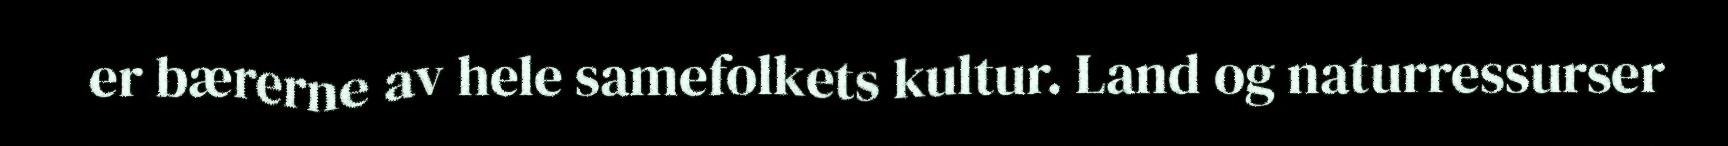
er bærerne av hele samefolkets kultur. Land og naturressurser